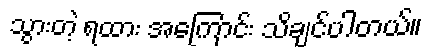
သွားတဲ့ ရထား အကြောင်း သိချင်ပါတယ်။